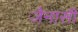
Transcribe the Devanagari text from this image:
जैनासी